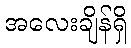
အလေးချိန်ရှိ